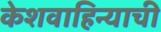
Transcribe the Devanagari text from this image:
केशवाहिन्याची